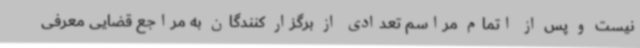
نیست و پس از اتمام مراسم تعدادی از برگزار کنندگان به مراجع قضایی معرفی